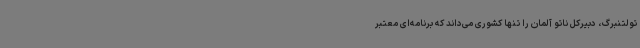
تولتنبرگ، دبیرکل ناتو آلمان را تنها کشوری می‌داند که برنامه‌ای معتبر